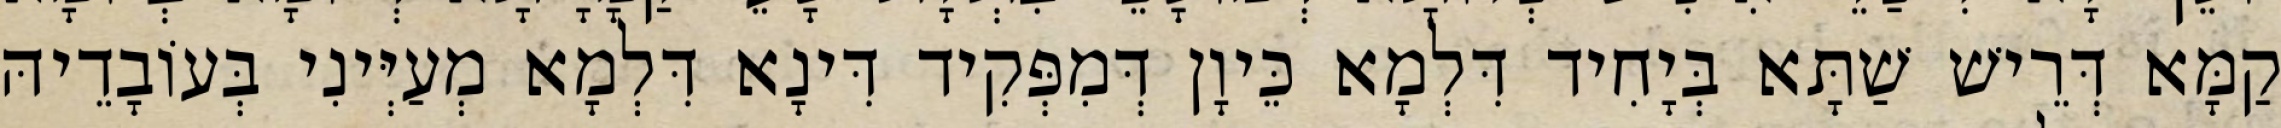
קַמָּא דְּרֵישׁ שַׁתָּא בְּיָחִיד דִּלְמָא כֵּיוָן דְּמִפְּקִיד דִּינָא דִּלְמָא מְעַיְּינִי בְּעוֹבָדֵיהּ